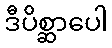
ဒီပိစ္ဆာပေါ